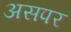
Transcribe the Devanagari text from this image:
असपर